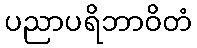
ပညာပရိဘာဝိတံ